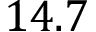
1 4 . 7